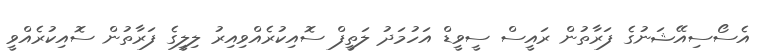
އެސޯސިއޭޝަނުގެ ފަރާތުން ރައީސް ސީވީޑް އަހުމަދު ލަތީފް ސޮއިކުރެއްވިއިރު ލިލީގެ ފަރާތުން ސޮއިކުރެއްވީ